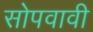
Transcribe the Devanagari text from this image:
सोपवावी